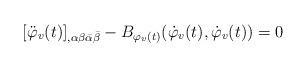
LaTeX: \begin{align*}[\ddot{\varphi}_{v}(t)]_{,\alpha \beta \bar{\alpha} \bar{\beta}} - B_{\varphi_v(t)}(\dot{\varphi}_v(t), \dot{\varphi}_v(t)) = 0\end{align*}